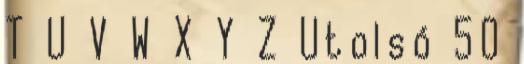
T U V W X Y Z Utolsó 50